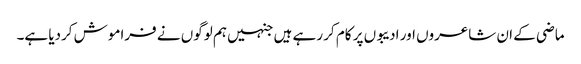
ماضی کے ان شاعروں اور ادیبوں پر کام کر رہے ہیں جنہیں ہم لوگوں نے فراموش کردیا ہے۔